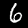
Label: 6